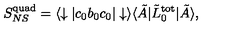
S _ { N S } ^ { \mathrm { q u a d } } = \langle \downarrow | c _ { 0 } b _ { 0 } c _ { 0 } | \downarrow \rangle \langle \tilde { A } | \tilde { L } _ { 0 } ^ { \mathrm { t o t } } | \tilde { A } \rangle ,